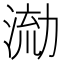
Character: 𭱛